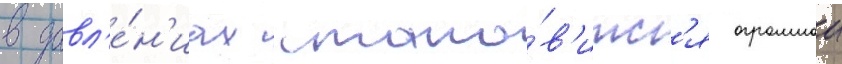
в давл'е́н'иах стано́в'итс'я огромнои